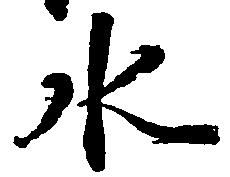
水